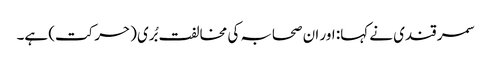
سمر قندی نے کہا: اور ان صحابہ کی مخالفت بُری (حرکت) ہے۔